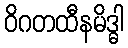
ဝိဂတထီနမိဒ္ဓါ